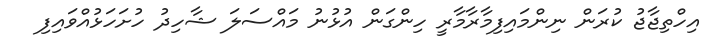
އިހްތިޖާޖު ކުރަން ނިންމައިފިމާރާމާރީ ހިންގަން އުޅުނު މައްސަލަ ޝާހިދު ހުށަހަޅުއްވައިފި